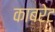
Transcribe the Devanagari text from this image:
काबरेट